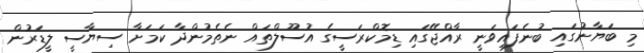
މި ބަޔާނުގައި ބުނެފައިވަނީ ރާއްޖޭގައި ޑިމޮކްރަސީގެ އުސޫލްތައް ނެތެމުންދާ ކަމަށާ ސިޔާސީ ލީޑަރުން